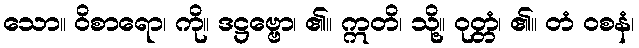
သော။ ဝိစာရော၊ ကို။ ဒဋ္ဌဗ္ဗော၊ ၏။ ဣတိ၊ သို့။ ဝုတ္တံ၊ ၏။ တံ ဝစနံ၊